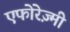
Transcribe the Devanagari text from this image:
एफोरेज़्मी